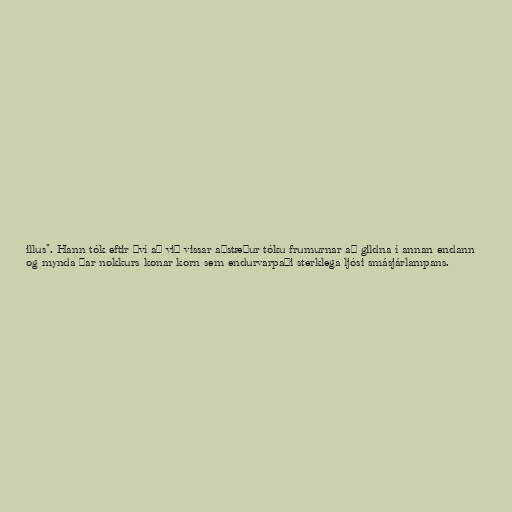
illus". Hann tók eftir því að við vissar aðstæður tóku frumurnar að gildna í annan endann
og mynda þar nokkurs konar korn sem endurvarpaði sterklega ljósi smásjárlampans.